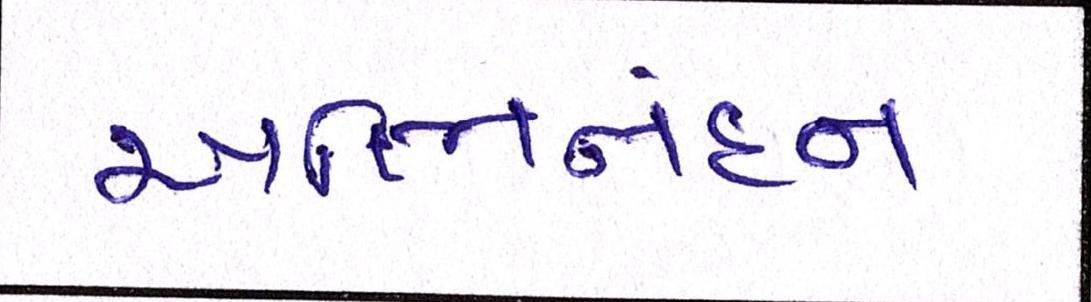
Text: અભિનંદન